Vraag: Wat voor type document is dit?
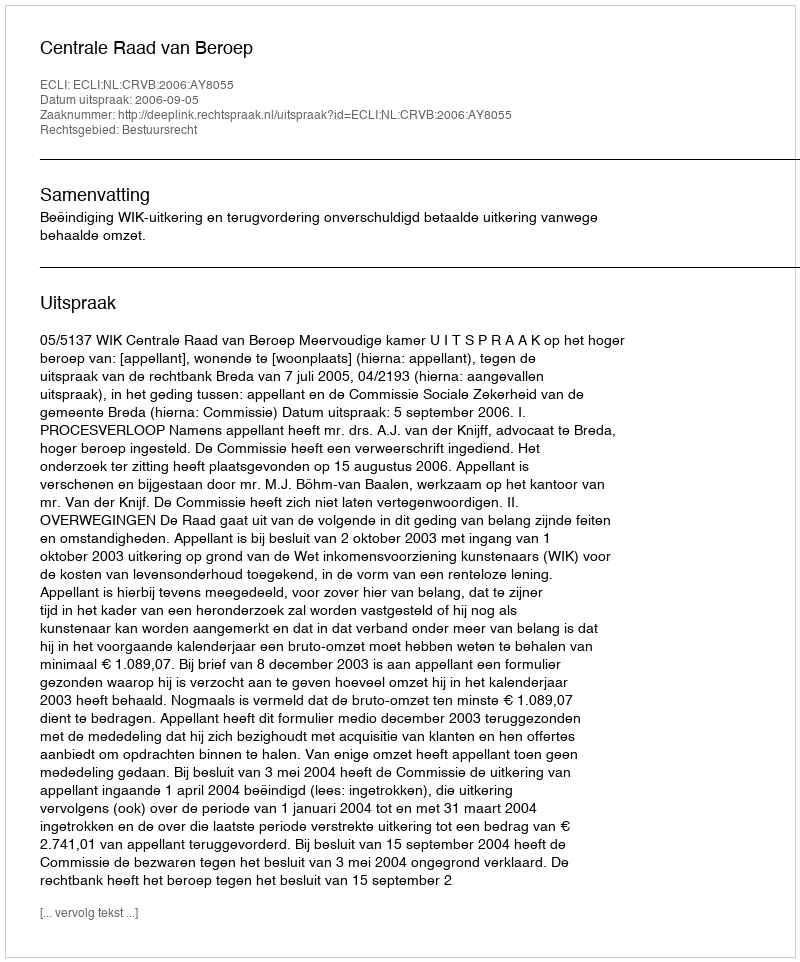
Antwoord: Uitspraak